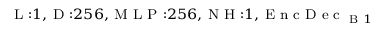
_ { \textrm { L } : 1 , \textrm { D } : 2 5 6 , \textrm { M L P } : 2 5 6 , \textrm { N H } : 1 , \textrm { E n c D e c } _ { \textrm { B } 1 } }